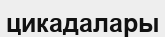
цикадалары